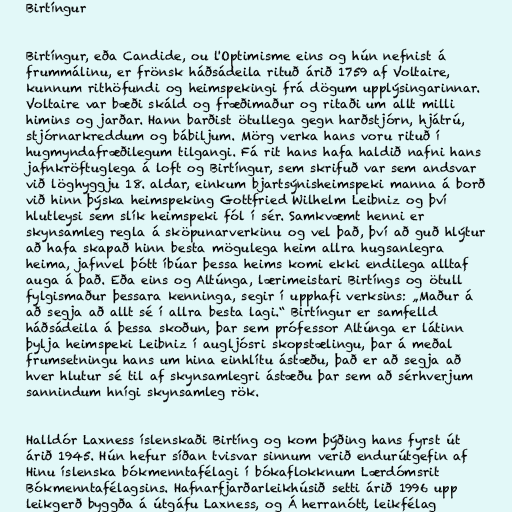
Birtíngur

Birtíngur, eða Candide, ou l'Optimisme eins og hún nefnist á
frummálinu, er frönsk háðsádeila rituð árið 1759 af Voltaire,
kunnum rithöfundi og heimspekingi frá dögum upplýsingarinnar.
Voltaire var bæði skáld og fræðimaður og ritaði um allt milli
himins og jarðar. Hann barðist ötullega gegn harðstjórn, hjátrú,
stjórnarkreddum og bábiljum. Mörg verka hans voru rituð í
hugmyndafræðilegum tilgangi. Fá rit hans hafa haldið nafni hans
jafnkröftuglega á loft og Birtíngur, sem skrifuð var sem andsvar
við löghyggju 18. aldar, einkum bjartsýnisheimspeki manna á borð
við hinn þýska heimspeking Gottfried Wilhelm Leibniz og því
hlutleysi sem slík heimspeki fól í sér. Samkvæmt henni er
skynsamleg regla á sköpunarverkinu og vel það, því að guð hlýtur
að hafa skapað hinn besta mögulega heim allra hugsanlegra
heima, jafnvel þótt íbúar þessa heims komi ekki endilega alltaf
auga á það. Eða eins og Altúnga, lærimeistari Birtíngs og ötull
fylgismaður þessara kenninga, segir í upphafi verksins: „Maður á
að segja að allt sé í allra besta lagi.“ Birtíngur er samfelld
háðsádeila á þessa skoðun, þar sem prófessor Altúnga er látinn
þylja heimspeki Leibniz í augljósri skopstælingu, þar á meðal
frumsetningu hans um hina einhlítu ástæðu, það er að segja að
hver hlutur sé til af skynsamlegri ástæðu þar sem að sérhverjum
sannindum hnígi skynsamleg rök.

Halldór Laxness íslenskaði Birtíng og kom þýðing hans fyrst út
árið 1945. Hún hefur síðan tvisvar sinnum verið endurútgefin af
Hinu íslenska bókmenntafélagi í bókaflokknum Lærdómsrit
Bókmenntafélagsins. Hafnarfjarðarleikhúsið setti árið 1996 upp
leikgerð byggða á útgáfu Laxness, og Á herranótt, leikfélag